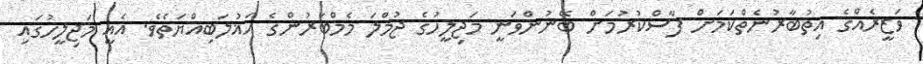
ވަޒީރެއްގެ އިތުބާރުނެތްކަމަށް ފާސްކުރުމަށް ބޭނުންވަނީ މަޖިލީހުގެ ޖުމްލަ މެމްބަރުންގެ އަޣުލަބިއްޔަތެވެ. އެއީ މަޖިލީހުގައި